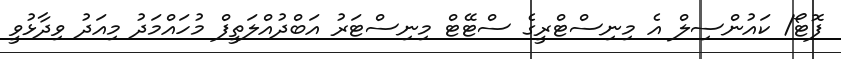
ފޮޓޯ/ ކައުންސިލް އެ މިނިސްޓްރީގެ ސްޓޭޓް މިނިސްޓަރު އަބްދުއްލަތީފް މުހައްމަދު މިއަދު ވިދާޅުވީ